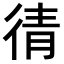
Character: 𭛯